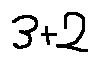
3 + 2